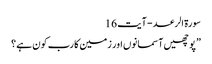
سورة الرعد - آیت 16
” پوچھیں آسمانوں اور زمین کا رب کون ہے ؟